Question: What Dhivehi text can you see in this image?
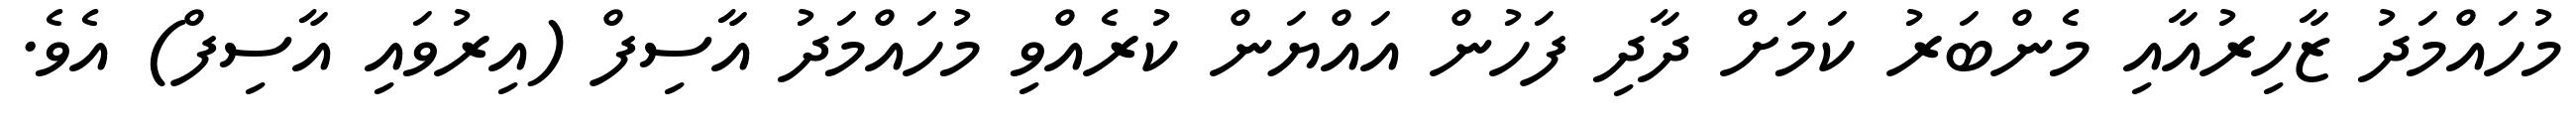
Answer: މުހައްމަދު ޒާހިރުއާއި މެންބަރު ކަމަށް ދާދި ފަހުން އައްޔަން ކުރެއްވި މުހައްމަދު އާސިފް (އިރުވައި އާސިފް) އެވެ.